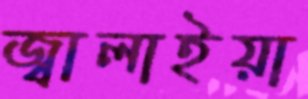
জ্বালাইয়া